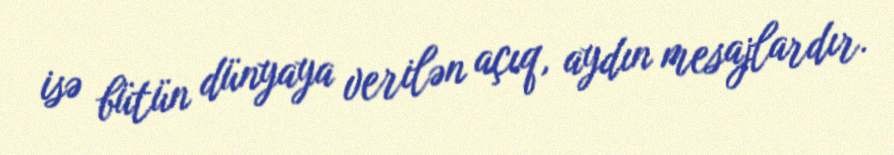
isə bütün dünyaya verilən açıq, aydın mesajlardır.